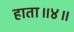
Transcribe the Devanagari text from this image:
हाता॥४॥